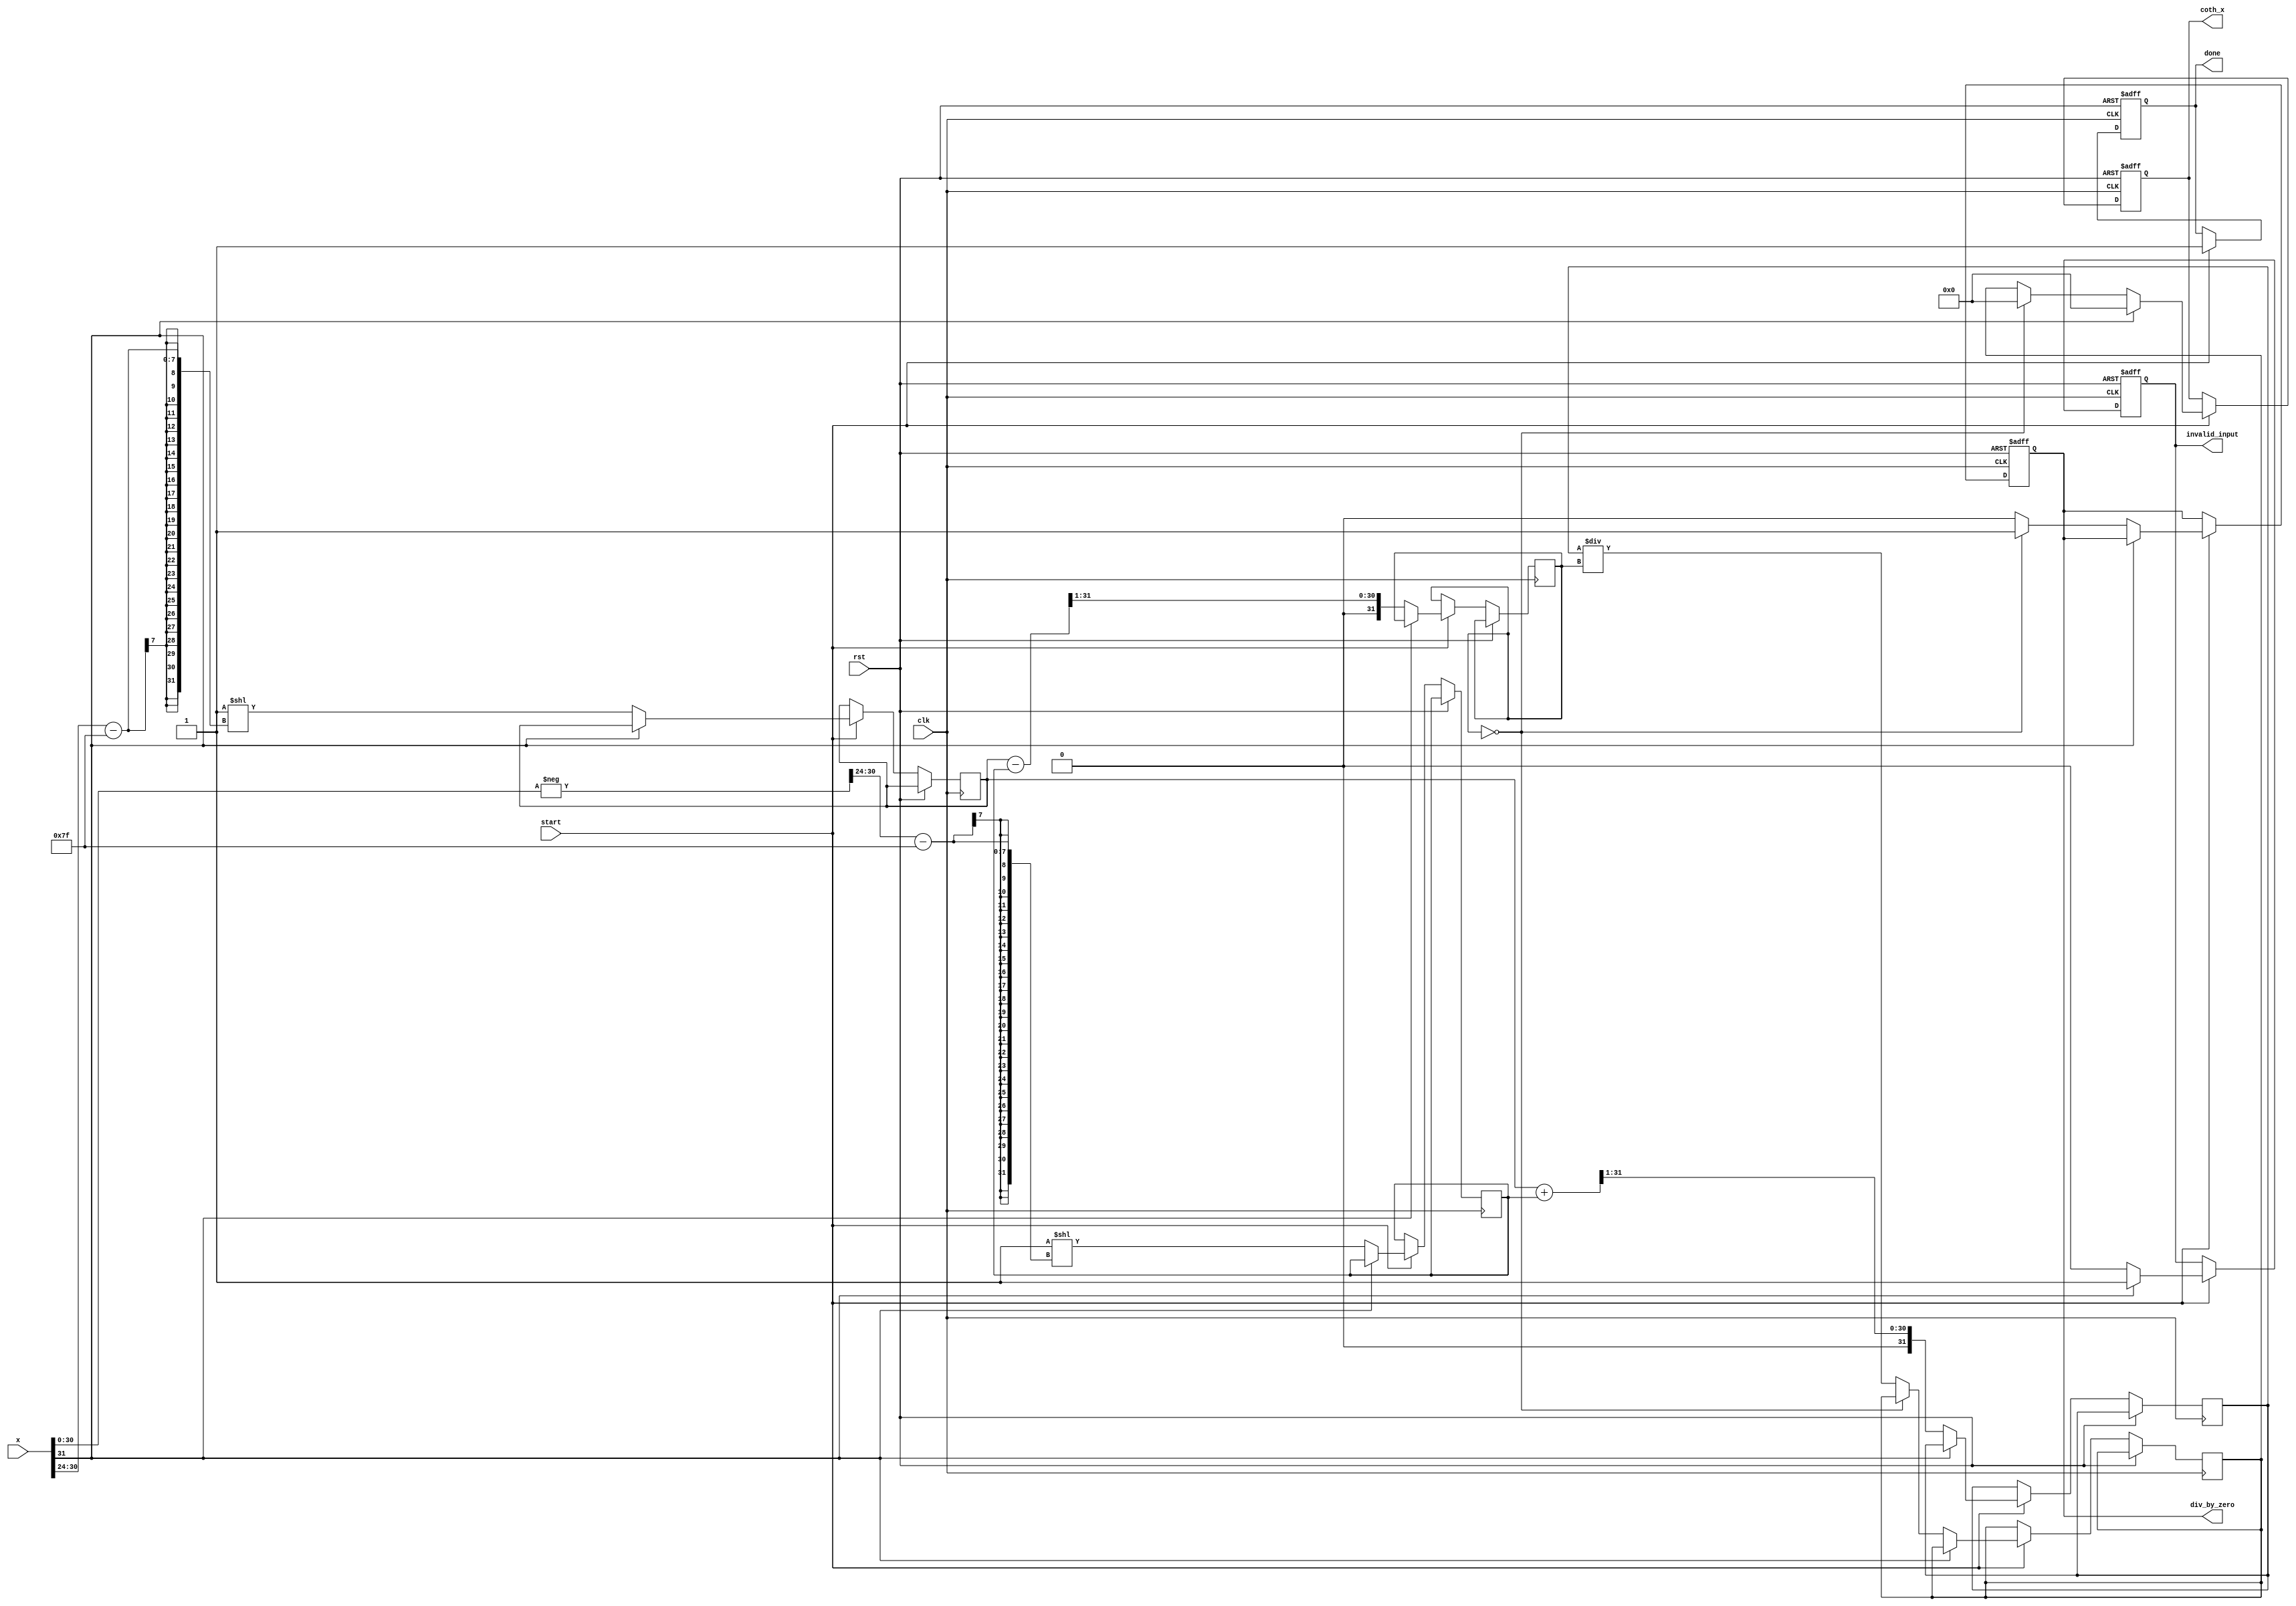
module hyperbolic_cotangent (
    input wire clk,
    input wire rst,
    input wire start,
    input wire [31:0] x,               // Input signal (fixed-point representation)
    output reg [31:0] coth_x,          // Output signal
    output reg done,                   // Indicates completion of calculation
    output reg div_by_zero,            // Division by zero error flag
    output reg invalid_input            // Invalid input flag
);

    reg [31:0] exp_x, exp_neg_x;       // Storage for e^x and e^-x
    reg [31:0] cosh_x, sinh_x;         // Storage for cosh(x) and sinh(x)
    reg [31:0] temp_coth;              // Temporary storage for coth(x)
    
    // CORDIC or polynomial approximation for exp function can be implemented or replaced
    function [31:0] exp_func(input [31:0] val);
        // Example: Simplified exponential approximation
        begin
            exp_func = 32'd1 << (val[30:24] - 127); // Simplified, not accurate
        end
    endfunction
    
    // Compute coth(x) = cosh(x) / sinh(x)
    always @(posedge clk or posedge rst) begin
        if (rst) begin
            coth_x <= 32'd0;
            done <= 1'b0;
            div_by_zero <= 1'b0;
            invalid_input <= 1'b0;
        end else if (start) begin
            // Handle invalid input
            if (x[31]) begin // Assuming negative numbers are invalid for this example
                invalid_input <= 1'b1;
                done <= 1'b1;
                coth_x <= 32'd0;
            end else begin
                invalid_input <= 1'b0;

                // Calculate e^x and e^-x
                exp_x <= exp_func(x);
                exp_neg_x <= exp_func(-x);

                // Calculate cosh(x) and sinh(x)
                cosh_x <= (exp_x + exp_neg_x) >> 1; // cosh(x) = (e^x + e^-x) / 2
                sinh_x <= (exp_x - exp_neg_x) >> 1; // sinh(x) = (e^x - e^-x) / 2

                // Check for division by zero
                if (sinh_x == 32'd0) begin
                    div_by_zero <= 1'b1;
                    coth_x <= 32'd0; // or define a specific behavior for this case
                end else begin
                    div_by_zero <= 1'b0;
                    temp_coth <= cosh_x / sinh_x;  // Compute coth(x)
                    coth_x <= temp_coth;            // Assign to output
                end
                
                done <= 1'b1; // Indicate that processing is complete
            end
        end
    end
endmodule